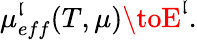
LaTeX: \mu_{eff}^{\mathfrak{l}}(T,\mu)\toE^{\mathfrak{l}}.